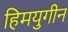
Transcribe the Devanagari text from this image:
हिमयुगीन